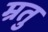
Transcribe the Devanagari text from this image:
म्रतु